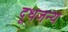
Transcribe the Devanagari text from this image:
दूधजन्य